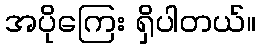
အပိုကြေး ရှိပါတယ်။